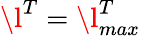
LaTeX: \l^{T}=\l_{max}^{T}